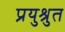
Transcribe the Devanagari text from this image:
प्रयुश्रुत